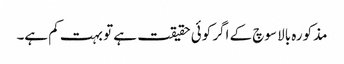
مذکورہ بالا سوچ کے اگر کوئی حقیقت ہے تو بہت کم ہے۔